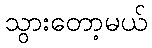
သွားတော့မယ်